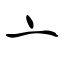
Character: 亠